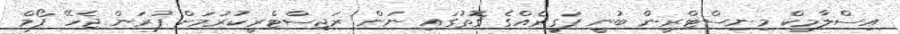
އިސްލާމިކް މިނިސްޓްރީން ބުނީ ފަގީރެއްގެ ގޮތުގައި ނަން ރަޖިސްޓްރީކުރުމަށް ފުރަން ޖެހޭ ފޯމް